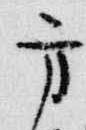
方